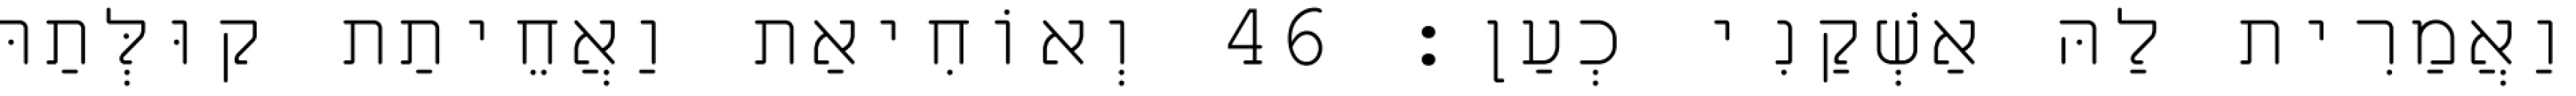
וַאֲמַרִית לַהּ אַשְׁקַנִי כְעַן׃ 46 וְאוֹחִיאַת וַאֲחֵיתַת קוּלְּתַהּ